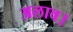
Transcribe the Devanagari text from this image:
अलाव।